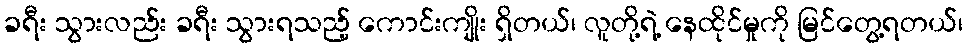
ခရီး သွားလည်း ခရီး သွားရသည့် ကောင်းကျိုး ရှိတယ်၊ လူတို့ရဲ့ နေထိုင်မှုကို မြင်တွေ့ရတယ်၊